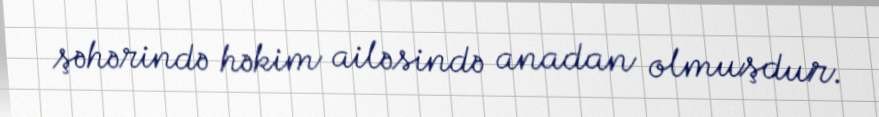
şəhərində həkim ailəsində anadan olmuşdur.